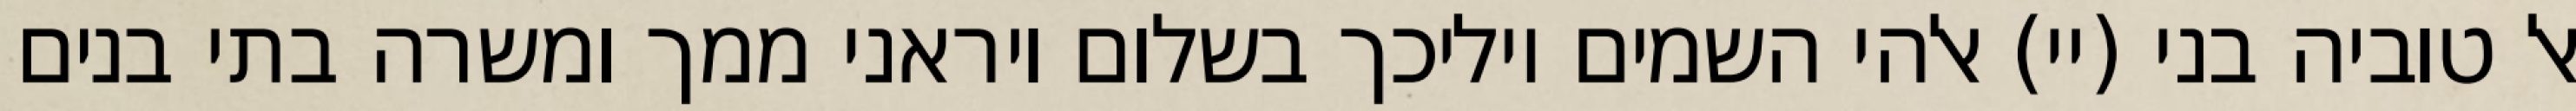
אל טוביה בני (יי) אלהי השמים יוליכך בשלום ויראני ממך ומשרה בתי בנים